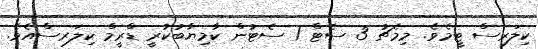
ކިލަރސް ޓީމެވެ. މިމެޗު 3 ސެޓް 1 ސެޓުން ކާމިޔާބުކުރީ ޑްރީމް ކިލަރސްއެވެ.